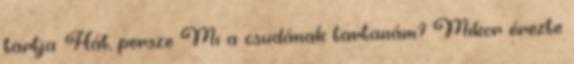
tartja. Hát, persze Mi a csudának tartanám? Mikor érezte